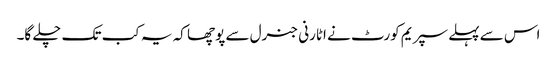
اس سے پہلے سپریم کورٹ نے اٹارنی جنرل سے پوچھا کہ یہ کب تک چلے گا۔